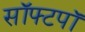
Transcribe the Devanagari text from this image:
सॉफ्टपॉ